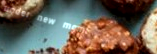
under new mgmt